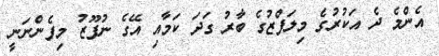
އެންމެ ދެ އަކުރުގެ މިލަފްޒުގެ ބާރު ގަދަ ކަމާއި އޭގެ ނުފޫޒު މިފެންނަނީ